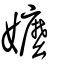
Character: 嬤